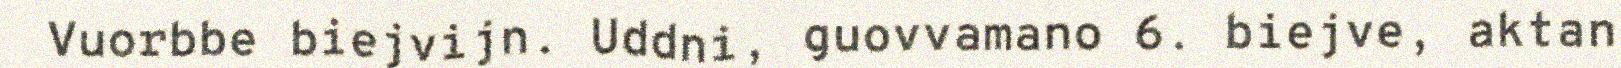
Vuorbbe biejvijn. Uddni, guovvamano 6. biejve, aktan